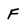
Character: F